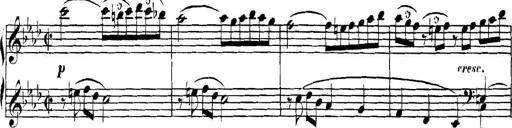
Title: Collected Piano Sonatas
Composer: Muzio Clementi